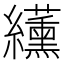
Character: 䌲